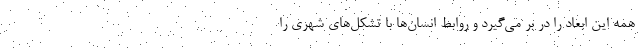
همه این ابعاد را در بر می‌گیرد و روابط انسان‌ها با تشکل‌های شهری را